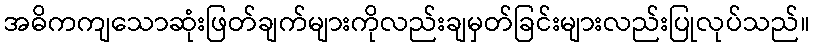
အဓိကကျသောဆုံးဖြတ်ချက်များကိုလည်းချမှတ်ခြင်းများလည်းပြုလုပ်သည်။